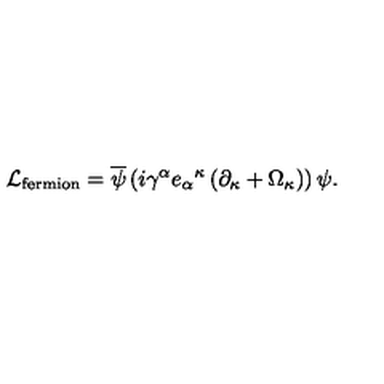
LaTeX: { \cal L } _ { \mathrm { f e r m i o n } } = { \overline { \psi } } \left( i \gamma ^ { \alpha } { e _ { \alpha } } ^ { \kappa } \left( \partial _ { \kappa } + \Omega _ { \kappa } \right) \right) \psi .